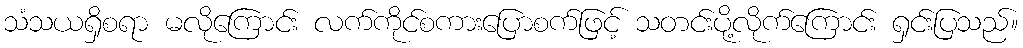
သံသယရှိစရာ မလိုကြောင်း လက်ကိုင်စကားပြောစက်ဖြင့် သတင်းပို့လိုက်ကြောင်း ရှင်းပြသည်။